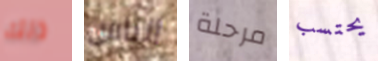
ذلك الناس مرحلة يحتسب